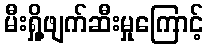
မီးရှို့ဖျက်ဆီးမှုကြောင့်